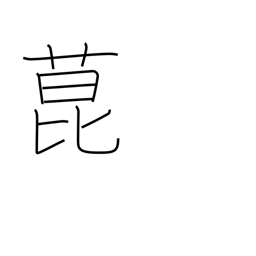
Meaning: a kind of fragrant herb